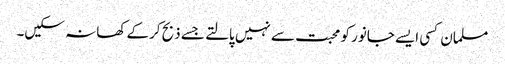
مسلمان کسی ایسے جانور کو محبت سے نہیں پالتے جسے ذبح کرکے کھا نہ سکیں۔